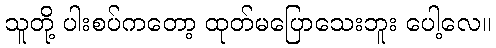
သူတို့ ပါးစပ်ကတော့ ထုတ်မပြောသေးဘူး ပေါ့လေ။